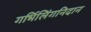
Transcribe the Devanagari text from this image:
गर्भिलिंगनिदान